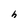
Character: h